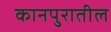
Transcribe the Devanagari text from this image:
कानपुरातील